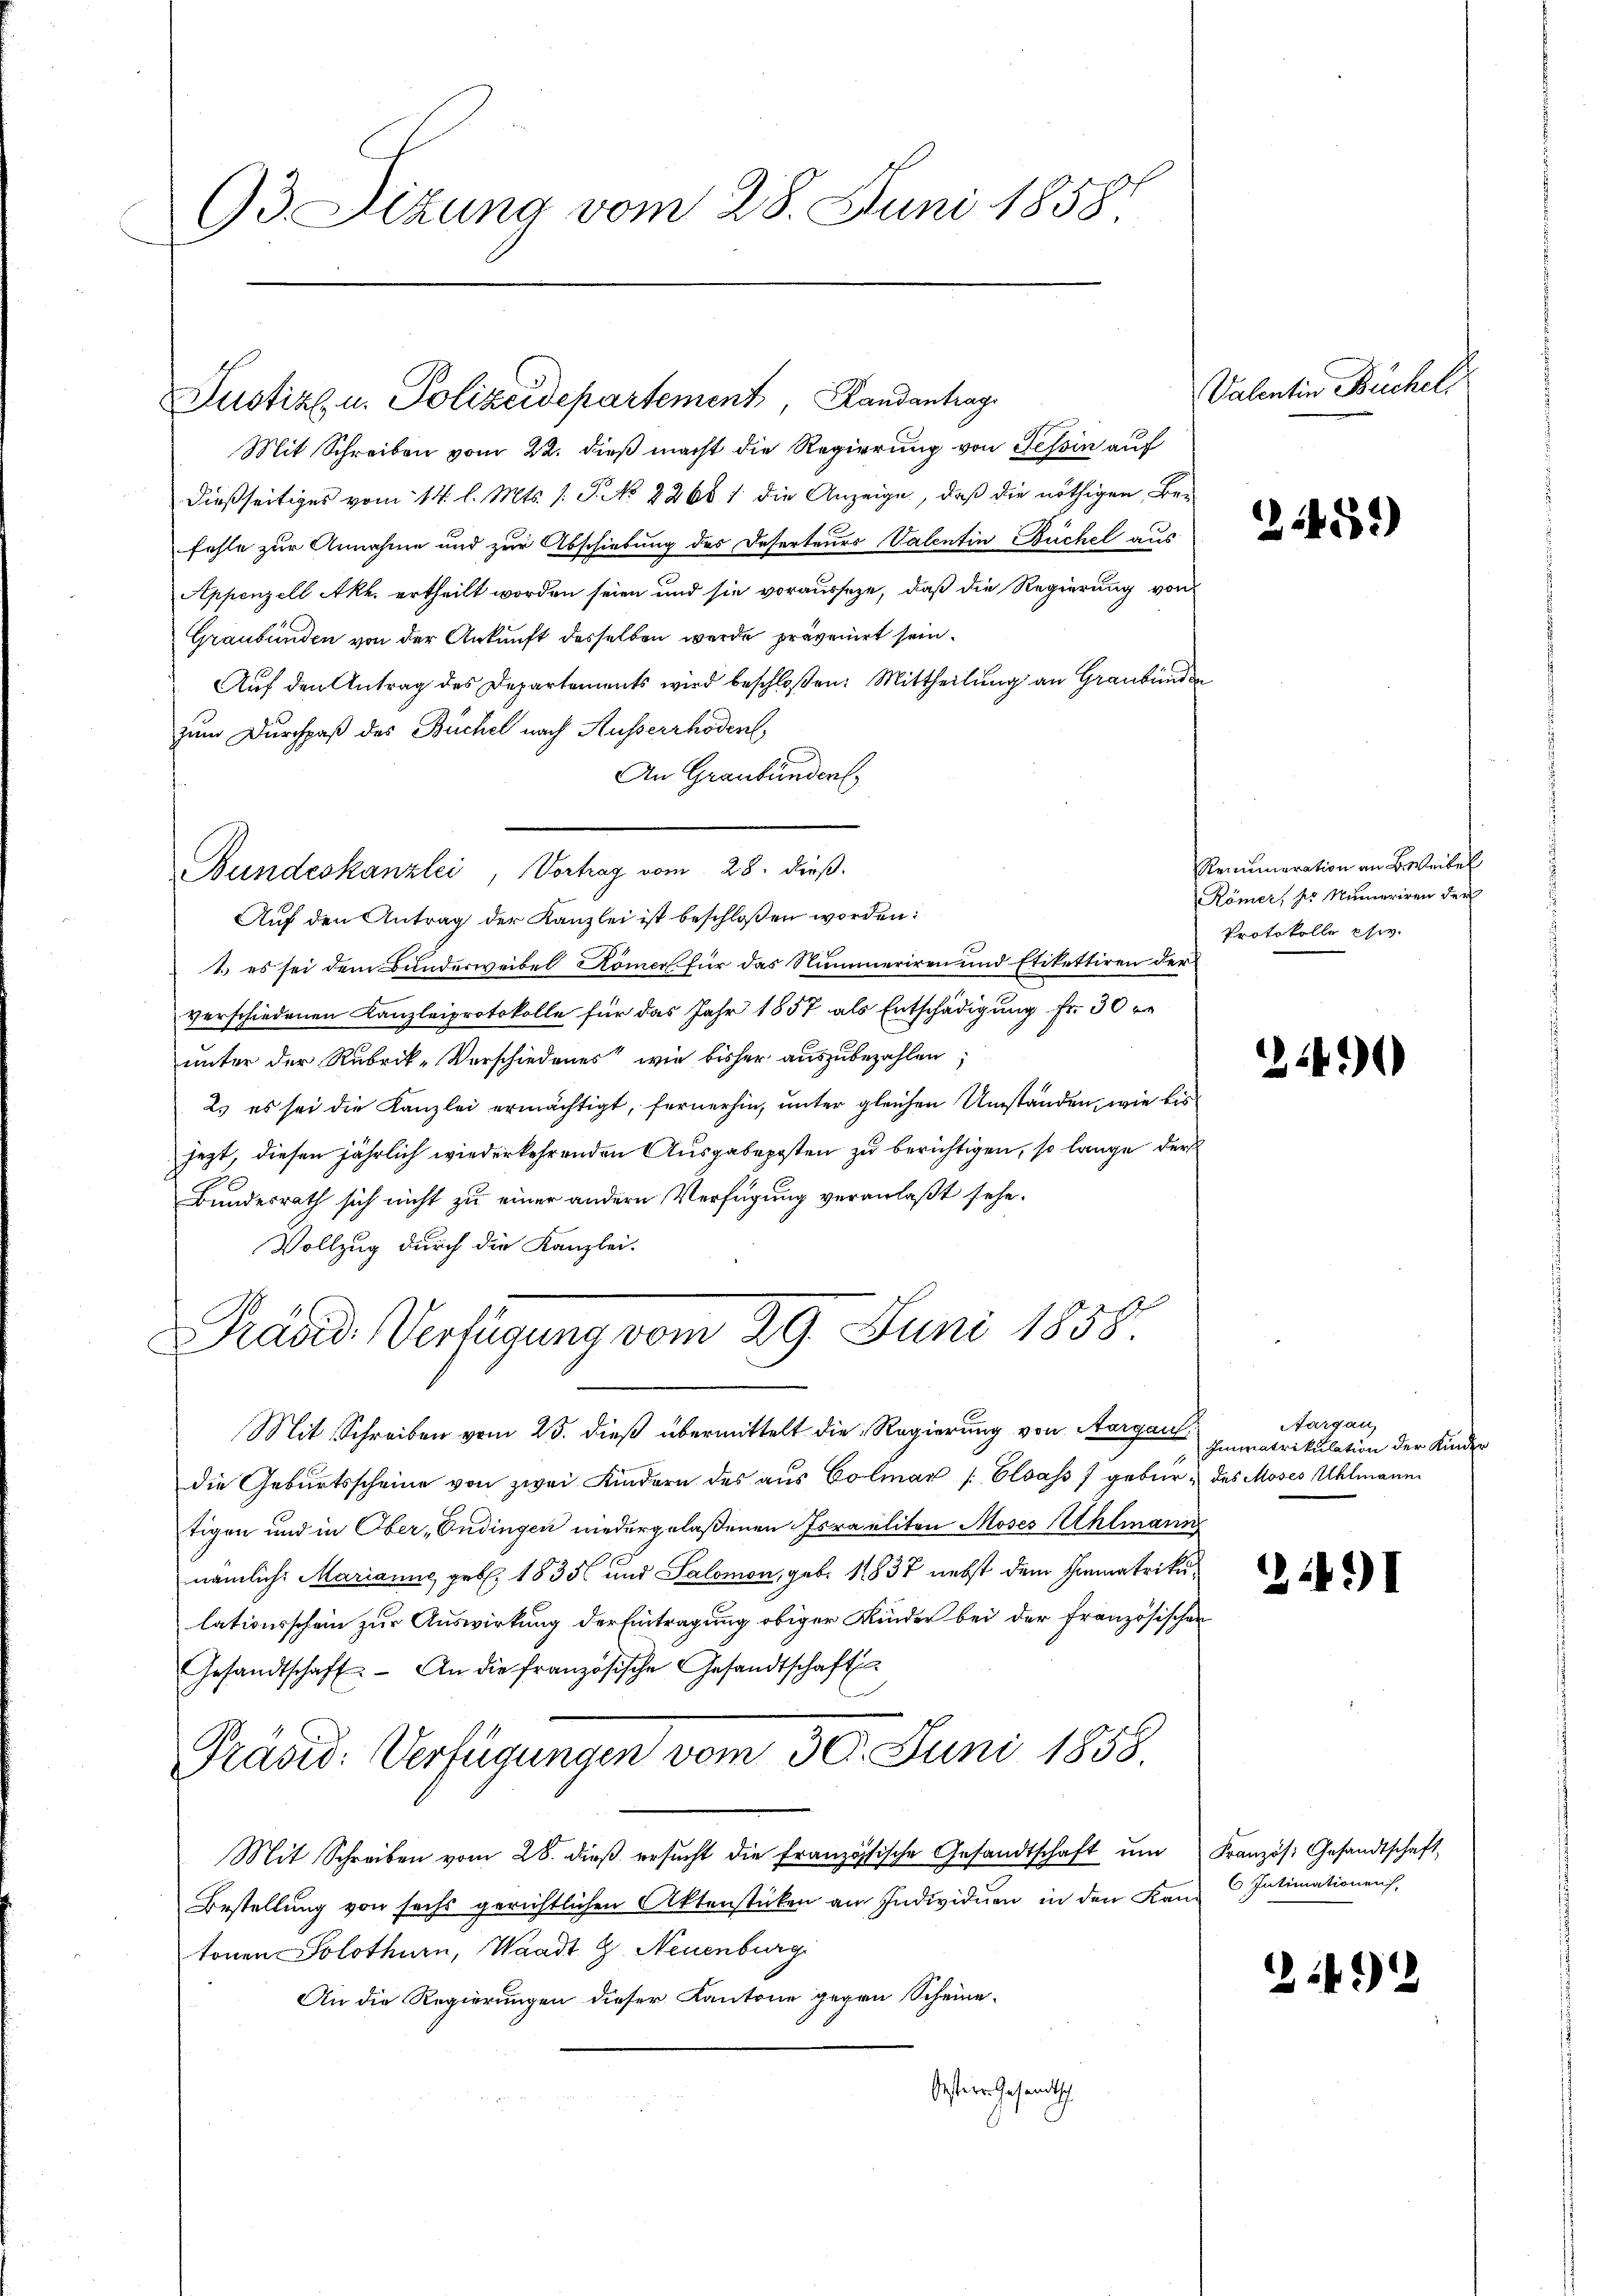
93 Sizung vom 28. Juni 1858.

Justiz u. Polizeidepartement Landantrag

Mit Schreiben vom 22. dieß macht die Regierung von Tessin auf
dießseitiges vom 14. l. Mts. 1. P. NNo. 2268. 1 die Anzeige, daß die nöthigen Befehle zur Annahme und zur Abschiebung des Deserteurs Valentin Büchel aus
Appenzell Akh. ertheilt worden seien und sie vorausseze, daß die Regierung von
Graubünden von der Ankunft desselben werde prävenirt sein.
Auf den Antrag des Departements wird beschloßen: Mittheilung an Graubünden
zum Durchpaß des Büchel nach Ausserrhoden
An Graubünden,
Bundeskanzlei, Vortrag vom 28. dieß.
Auf den Antrag der Kanzlei ist beschloßen worden:
1.) es sei dem Bunderweibel Römers für das Nummeriren und Etikettiren der
verschiedenen Kanzleiprotokolle für das Jahr 1857 als Entschädigung fr. 30 r
unter der Rubrik-Verschiedenes“ wie bisher auszubezahlen;
2. es sei die Kanzlei ermächtigt, fernerhin, unter gleichen Umständen, wie bis
jezt, diesen jährlich wiederkehrenden Ausgabeposten zu berichtigen, so lange der
Bundesrath sich nicht zu einer andern Verfügung veranlaßt sehe.
Vollzug durch die Kanzlei-
Präsid. Verfügung vom 29. Juni 1858.

Mit Schreiben vom 25. dieß übermittelt die Regierung von Aargau
die Geburtsscheine von zwei Kindern des aŭs Colmar (Elsass 7 gebür- des Moses Uhlmann
tigen und in Ober-Endingen niedergelaßenen Israeliten Moses Ahlmann
nämlich: Marianne geb. 1835 und Salomon, geb. 1837 nebst dem Immatrikulationsschein zur Auswirkung der Eintragung obiger Kinder bei der Französischen
Gesandtschaft. An die französische Gesandtschaft
n
Präsid. Verfügungen vom 30. Juni 1858.
Mit Schreiben vom 28. dieβ ersŭcht die französische Gesandtschaft ŭm Französ. Gesandtschaft
Bestellung von sechs gerichtlichen Aktenstücken am Individuen in den Kanz Intimationen,
tonen Solothurn, Waadt G. Neuenburg
An die Regierungen dieser Kantone gegen Scheine-
bestier Gesandtsch

Valentin Büchel

31459)

Remuneration an Beweibel
Römer, s. Numeriren der
Protokolle civ.

490

Aargau,
Immatrikulation der Kinde

2491

2149)